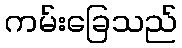
ကမ်းခြေသည်